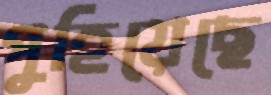
পুহিয়েছে